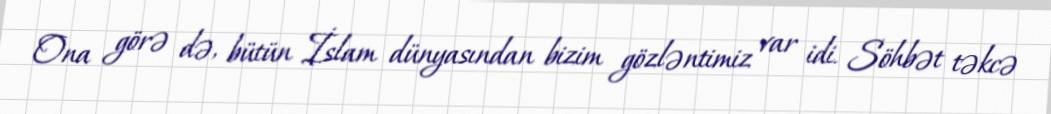
Ona görə də, bütün İslam dünyasından bizim gözləntimiz var idi. Söhbət təkcə